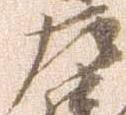
左